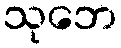
သုဘေ